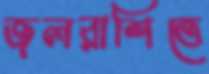
জলরাশিতে